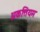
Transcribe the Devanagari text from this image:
अकत्तियम